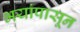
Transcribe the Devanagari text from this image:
भयांपासून